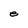
Character: e